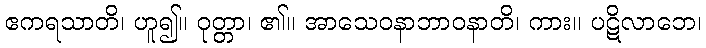
ဧကရသာတိ၊ ဟူ၍။ ဝုတ္တာ၊ ၏။ အာသေဝနာဘာဝနာတိ၊ ကား။ ပဋိလာဘေ၊